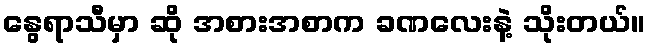
နွေရာသီမှာ ဆို အစားအစာက ခဏလေးနဲ့ သိုးတယ်။